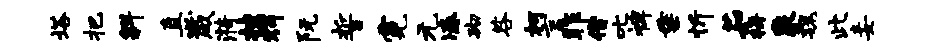
塔把斜直崴漪挂辉阮誓霓元凑砌咎柯言昨借叱裨垂忻茹梅象魏此妾